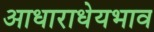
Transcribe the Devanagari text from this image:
आधाराधेयभाव